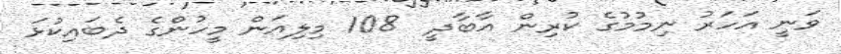
ވަނީ އަހަރު ނިމުމުގެ ކުރިން އާބާދީ  108 މިލިއަން މީހުންގެ ދެބައިކުޅަ